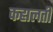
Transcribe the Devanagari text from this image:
कहालती